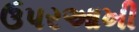
ઉપરઆખી